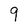
Character: 9